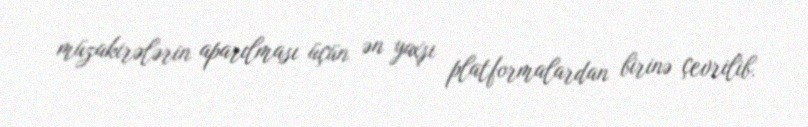
müzakirələrin aparılması üçün ən yaxşı platformalardan birinə çevrilib.